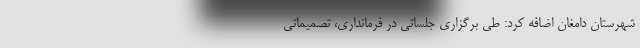
شهرستان دامغان اضافه کرد: طی برگزاری جلساتی در فرمانداری، تصمیماتی